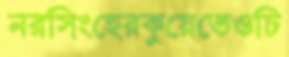
নরসিংহেরকুয়েতেওচি